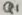
Text: Q1